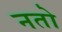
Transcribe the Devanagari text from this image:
नतो